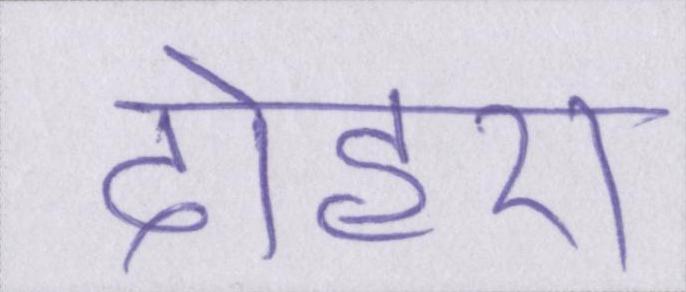
दोहरा